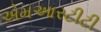
એમઆરટીટી